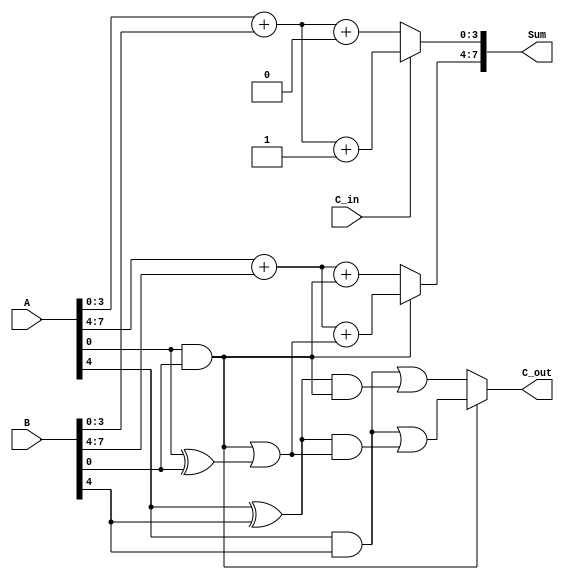
module CarrySelectAdder (
    input [7:0] A,      // First 8-bit input
    input [7:0] B,      // Second 8-bit input
    input C_in,         // Carry input
    output [7:0] Sum,   // 8-bit sum output
    output C_out        // Carry output
);

    // Internal signals for partial sums and carries
    wire [3:0] S0_0, S0_1, S1_0, S1_1; // Partial sums for segments
    wire C0_0, C0_1, C1_0, C1_1;        // Partial carries for segments

    // Segment 0 (A[3:0], B[3:0])
    assign S0_0 = A[3:0] + B[3:0] + 0;  // Case when C_in = 0
    assign C0_0 = (A[3:0] & B[3:0]) | ((A[3:0] ^ B[3:0]) & 0); // Carry out when C_in = 0

    assign S0_1 = A[3:0] + B[3:0] + 1;  // Case when C_in = 1
    assign C0_1 = (A[3:0] & B[3:0]) | ((A[3:0] ^ B[3:0]) & 1); // Carry out when C_in = 1

    // Segment 1 (A[7:4], B[7:4])
    assign S1_0 = A[7:4] + B[7:4] + C0_0; // Using carry out from segment 0
    assign C1_0 = (A[7:4] & B[7:4]) | ((A[7:4] ^ B[7:4]) & C0_0); // Carry out when C_in = C0_0

    assign S1_1 = A[7:4] + B[7:4] + C0_1; // Using carry out from segment 0
    assign C1_1 = (A[7:4] & B[7:4]) | ((A[7:4] ^ B[7:4]) & C0_1); // Carry out when C_in = C0_1

    // MUX for selecting the final sum and carry out
    assign Sum[3:0] = (C_in == 0) ? S0_0 : S0_1; // Select sum from segment 0
    assign Sum[7:4] = (C0_0 == 0) ? S1_0 : S1_1; // Select sum from segment 1
    assign C_out = (C0_0 == 0) ? C1_0 : C1_1; // Select carry out from segment 1

endmodule